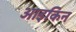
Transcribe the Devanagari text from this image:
आइकिन